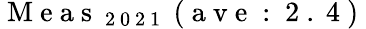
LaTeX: \mathrm{~M~e~a~s~}_{\mathrm{~2~0~2~1~}}\mathrm{~(~a~v~e~:~2~.~4~)~}